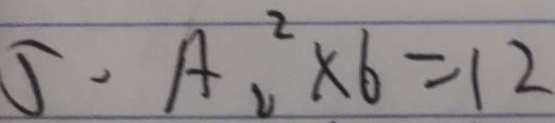
5 . A _ { 2 } ^ { 2 } \times 6 = 1 2